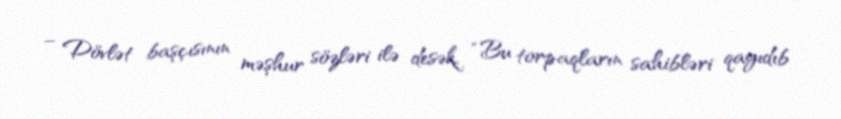
– Dövlət başçısının məşhur sözləri ilə desək, “Bu torpaqların sahibləri qayıdıb